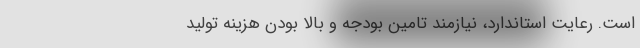
است. رعايت استاندارد، نيازمند تامين بودجه و بالا بودن هزينه توليد